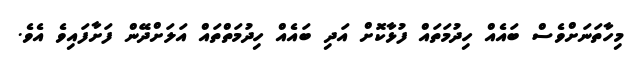
މިހާތަަނަށްވެސް ބައެއް ހިދުމަތައް ފުޅާކޮށް އަދި ބައެއް ހިދުމަތްތައް އަލަށްދޭން ފަށާފައިވެ އެވެ.